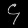
Digit: ၄